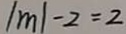
\vert m \vert - 2 = 2